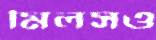
মিলসও